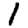
Digit: 1